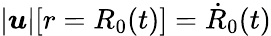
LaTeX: |\boldsymbol{u}|[r=R_{0}(t)]=\dot{R}_{0}(t)